Civil Veterinary Dept. Bombay admin report 1893-99 - 1893-1899
Year: 1893
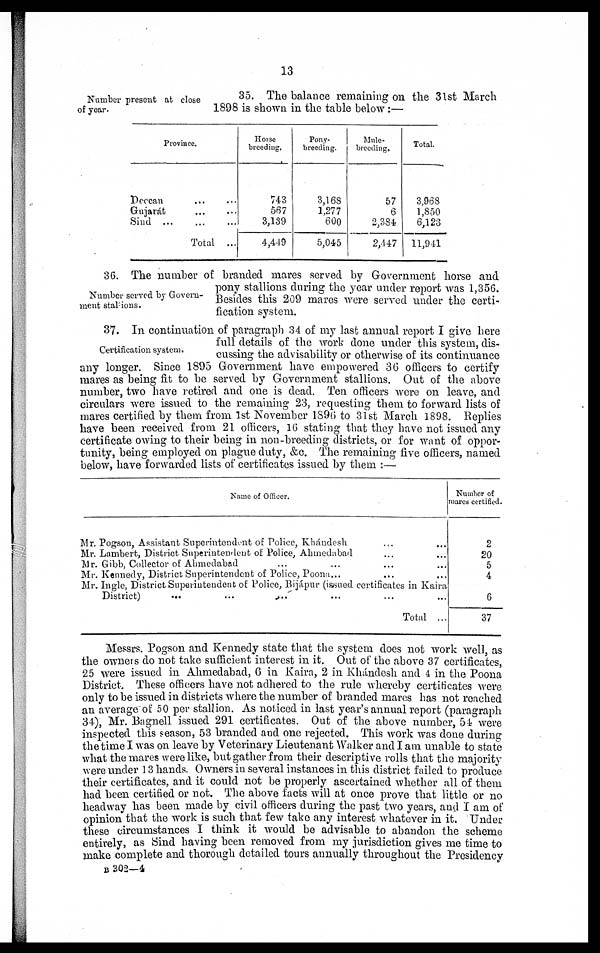
13
Number present at close
of year.
35. The balance remaining on the 31st March
1898 is shown in the table below :—
Province.
Deccan ... ...
Gujarát ... ...
Sind ... ... ...
Total ...
Horse
breeding.
743
567
3,139
4,449
Pony-
breeding.
3,168
1,277
600
5,045
Mule-
breeding.
57
6
2,384
2,447
Total.
3,968
l,850
6,123
11,941
Number served by Govern-
ment stallions.
36. The number of branded mares served by Government horse and
pony stallions during the year under report was 1,356.
Besides this 209 mares were served under the certi-
fication system.
Certification system.
37. In continuation of paragraph 34 of my last annual report I give here
full details of the work done under this system, dis-
cussing the advisability or otherwise of its continuance
any longer. Since 1895 Government have empowered 36 officers to certify
mares as being fit to be served by Government stallions. Out of the above
number, two have retired and one is dead. Ten officers were on leave, and
circulars were issued to the remaining 23, requesting them to forward lists of
mares certified by them from 1st November 1896 to 31st March 1898. Replies
have been received from 21 officers, 16 stating that they have not issued any
certificate owing to their being in non-breeding districts, or for want of oppor-
tunity, being employed on plague duty, &c. The remaining five officers, named
below, have forwarded lists of certificates issued by them :—
Name of Officer.
Mr. Pogson, Assistant Superintendent of Police, Khándesh ... ...
Mr. Lambert, District Superintendent of Police, Ahmedabad ... ...
Mr. Gibb, Collector of Abmedabad ... ... ... ...
Mr. Kennedy, District Superintendent of Police, Poona ... ... ...
Mr. Ingle, District Superintendent of Police, Bijápur (issued certificates in Kaira
District) ... ... ... ... ... ...
Total ...
Number of
mares certified.
2
20
5
4
6
37
Messrs. Pogson and Kennedy state that the system does not work well, as
the owners do not take sufficient interest in it. Out of the above 37 certificates,
25 were issued in Ahmedabad, 6 in Kaira, 2 in Khándesh and 4 in the Poona
District. These officers have not adhered to the rule whereby certificates were
only to be issued in districts where the number of branded mares has not reached
an average of 50 per stallion. As noticed in last year's annual report (paragraph
34), Mr. Bagnell issued 291 certificates. Out of the above number, 54 were
inspected this season, 53 branded and one rejected. This work was done during
the time I was on leave by Veterinary Lieutenant Walker and I am unable to state
what the mares were like, but gather from their descriptive rolls that the majority
were under 13 hands. Owners in several instances in this district failed to produce
their certificates, and it could not be properly ascertained whether all of them
had been certified or not. The above facts will at once prove that little or no
headway has been made by civil officers during the past two years, and I am of
opinion that the work is such that few take any interest whatever in it. Under
these circumstances I think it would be advisable to abandon the scheme
entirely, as Sind having been removed from my jurisdiction gives me time to
make complete and thorough detailed tours annually throughout the Presidency
B 302—4